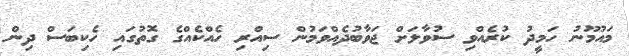
މައުމޫނު ހަމީދު ކުރެއްވި ސުވާލަށް ޖަވާބުދެއްވަމުން ސިއްރި ހެއްކެއްގެ ގޮތުގައި ހެކިބަސް ދިން